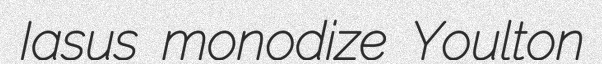
Iasus monodize Youlton